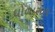
ધોળાસણ